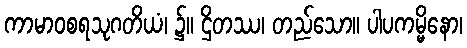
ကာမာဝစရသုဂတိယံ၊ ၌။ ဌိတဿ၊ တည်သော။ ပါပကမ္မိနော၊